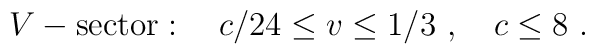
V-{\rm sector}:{}~{}~{}~c/24\leq v\leq1/3{}~,{}~{}~{}~c\leq8{}~.